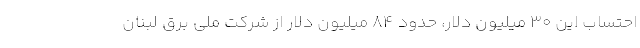
احتساب این ۳۰ میلیون دلار، حدود ۸۴ میلیون دلار از شرکت ملی برق لبنان